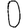
Digit: 0